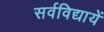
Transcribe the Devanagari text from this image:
सर्वविद्यायें